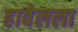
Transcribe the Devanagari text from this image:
हावेलला